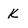
Character: k